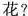
花?